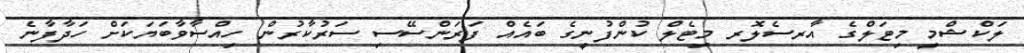
ލަކްޝްމީ މިޓަލްގެ އާރސެލޮރ މިޓެލް ކުންފުނީގެ ބައެއް ފަރަންސޭސި ސަރުކާރުން ހިއްސާވާބަޔަކަށް ހަދާފާނެ